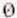
0